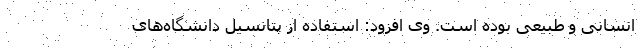
انسانی و طبیعی بوده است. وی افزود: استفاده از پتانسیل دانشگاه‌های